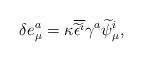
LaTeX: \begin{align*}\delta e_\mu ^a=\kappa\overline{\widetilde{\epsilon}^i}\gamma^a\widetilde\psi_\mu^i ,\end{align*}